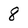
Character: 8